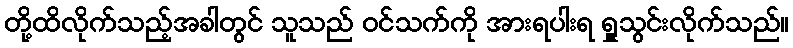
တို့ထိလိုက်သည့်အခါတွင် သူသည် ဝင်သက်ကို အားရပါးရ ရှူသွင်းလိုက်သည်။